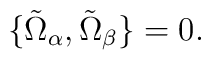
\{ \tilde{\Omega}_\alpha, \tilde{\Omega}_\beta \} = 0.